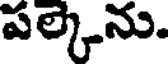
పల్కెను.